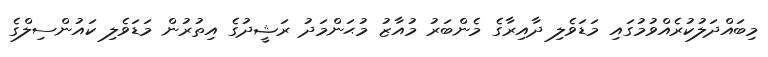
މިބައްދަލުކުރެއްވުމުގައި މަޑަވެލި ދާއިރާގެ މެންބަރު މުއާޒު މުޙަންމަދު ރަޝީދުގެ އިތުރުން މަޑަވެލި ކައުންސިލްގެ